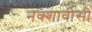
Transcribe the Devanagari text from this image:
नक्शावीसी